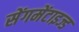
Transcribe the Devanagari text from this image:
सेंगमेंटाइज्ड